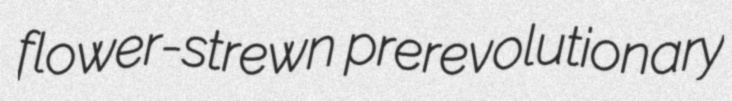
flower-strewn prerevolutionary